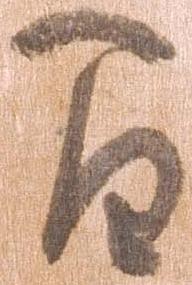
間